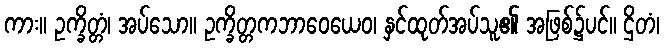
ကား။ ဥက္ခိတ္တံ၊ အပ်သော။ ဥက္ခိတ္တကဘာဝေယေဝ၊ နှင်ထုတ်အပ်သူ၏ အဖြစ်၌ပင်။ ဌိတံ၊